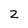
Character: 2